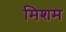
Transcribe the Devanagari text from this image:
मिशम